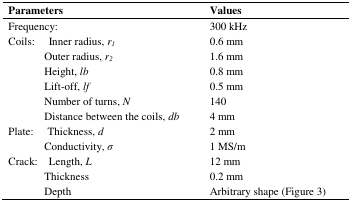
<table><thead><tr><td colspan="2"><b>Parameters</b></td><td><b>Values</b></td></tr></thead><tbody><tr><td colspan="2">Frequency:</td><td>300 kHz</td></tr><tr><td>Coils:</td><td> Inner radius, <i>r<sub>1</sub></i></td><td>0.6 mm</td></tr><tr><td></td><td>Outer radius, <i>r<sub>2</sub></i></td><td>1.6 mm</td></tr><tr><td></td><td>Height, <i>lb</i></td><td>0.8 mm</td></tr><tr><td></td><td>Lift-off, <i>lf</i></td><td>0.5 mm</td></tr><tr><td></td><td>Number of turns, <i>N</i></td><td>140</td></tr><tr><td></td><td>Distance between the coils, <i>db</i></td><td>4 mm</td></tr><tr><td>Plate:</td><td> Thickness, <i>d</i></td><td>2 mm</td></tr><tr><td></td><td>Conductivity, <i>σ</i></td><td>1 MS/m</td></tr><tr><td>Crack:</td><td> Length, <i>L</i></td><td>12 mm</td></tr><tr><td></td><td>Thickness</td><td>0.2 mm</td></tr><tr><td></td><td>Depth</td><td>Arbitrary shape (Figure 3)</td></tr></tbody></table>